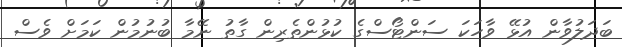
ބަދަލުވާން އުޅޭ ވާހަކަ ސަންޓޯސްގެ ކުޅުންތެރިން ގާތު ނޭމާ ބުނުމުން ކަމަށް ވެސް